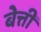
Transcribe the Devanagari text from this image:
बेत्ती